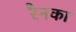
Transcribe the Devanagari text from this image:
रैनका